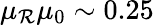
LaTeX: \mu_{\mathcal{R}}\mu_{0}\sim0.25